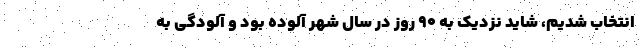
انتخاب شدیم، شاید نزدیک به ۹۰ روز در سال شهر آلوده بود و آلودگی به